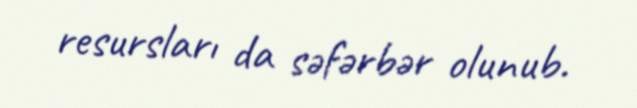
resursları da səfərbər olunub.